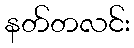
နတ်တလင်း